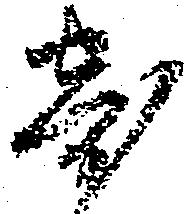
寄